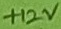
Text: +12V